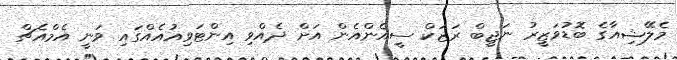
މެލޭޝިއާގެ ބޮޑުވަޒީރު ނަޖީބް ރަޒަކް ސީއެންއެން އަށް ދެއްވި އިންޓަވިއުއެއްގައި ވަނީ އެމްއެޗް